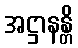
အဋ္ဌာနန္တိ